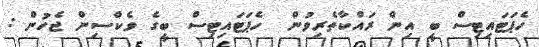
ހެޕަޓައިޓިސް ބީ އިން ރައްކާތެރިވުން  ހެޕަޓައިޓިސް ބީގެ ވެކްސިން ޖެހުން :